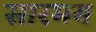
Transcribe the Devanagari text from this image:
सारमय